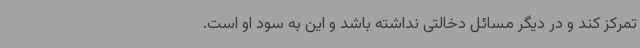
تمرکز کند و در دیگر مسائل دخالتی نداشته باشد و این به سود او است.